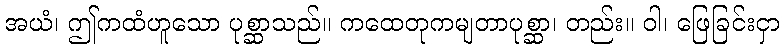
အယံ၊ ဤကထံဟူသော ပုစ္ဆာသည်။ ကထေတုကမျတာပုစ္ဆာ၊ တည်း။ ဝါ၊ ဖြေခြင်းငှာ